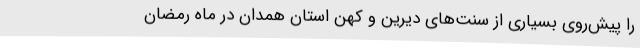
را پیش‌روی بسیاری از سنت‌های دیرین و کهن استان همدان در ماه رمضان